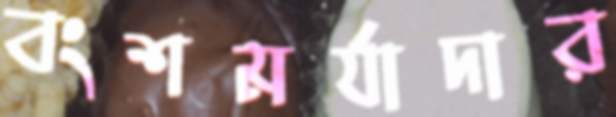
বংশমর্যাদার